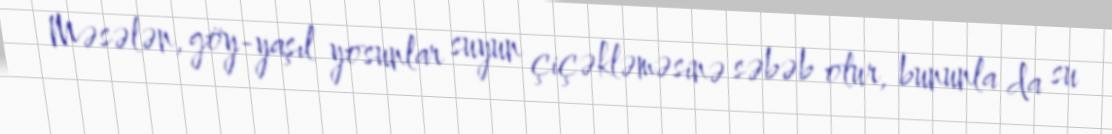
Məsələn, göy-yaşıl yosunlar suyun çiçəkləməsinə səbəb olur, bununla da su